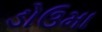
ડોઉમા